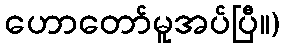
ဟောတော်မူအပ်ပြီ။)